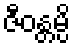
ဇီဝန္တမ္ပိ